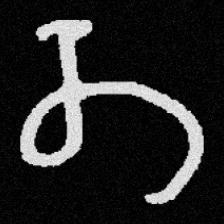
Pyu character \u2014 Myanmar letter: တ (romanized: ta)